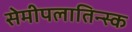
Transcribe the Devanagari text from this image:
सेमीपलातिन्स्क